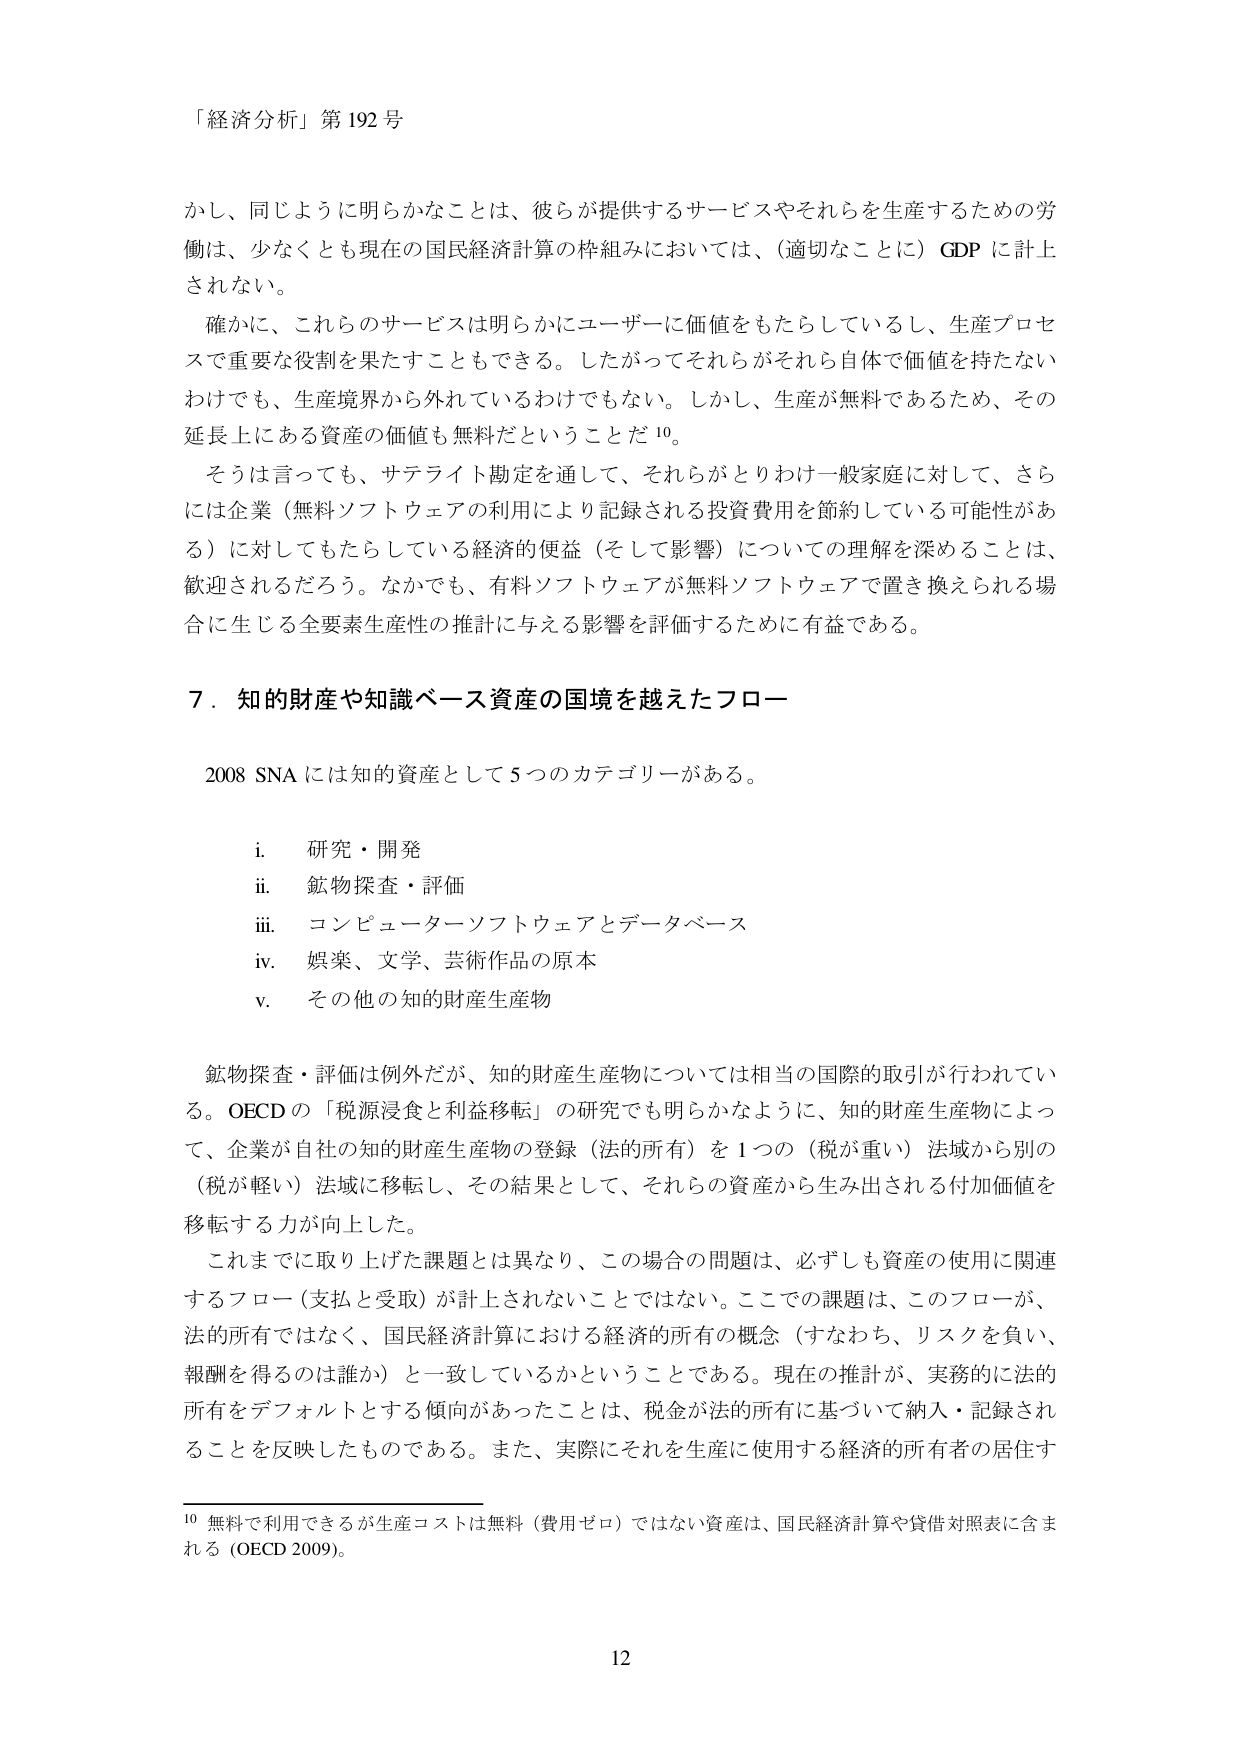
「経済分析」第192号

かし、同じように明らかなことは、彼らが提供するサービスやそれらを生産するための労働は、少なくとも現在の国民経済計算の枠組みにおいては、（適切なことに）GDPに計上されない。

確かに、これらのサービスは明らかにユーザーに価値をもたらしているし、生産プロセスで重要な役割を果たすこともできる。したがってそれらがそれら自体で価値を持たないわけでも、生産境界から外れているわけでもない。しかし、生産が無料であるため、その延長上にある資産の価値も無料だということだ10。

そうは言っても、サテライト勘定を通じて、それらがとりわけ一般家庭に対して、さらには企業（無料ソフトウェアの利用により記録される投資費用を節約している可能性がある）に対してもたらしている経済的便益（そして影響）についての理解を深めることは、歓迎されるだろう。なかでも、有料ソフトウェアが無料ソフトウェアで置き換えられる場合に生じる全要素生産性の推計に与える影響を評価するために有益である。

7．知的財産や知識ベース資産の国境を越えたフロー

2008 SNAには知的資産として5つのカテゴリがある。

i. 研究・開発
ii. 鉱物探査・評価
iii. コンピューターソフトウェアとデータベース
iv. 娯楽、文学、芸術作品の原本
v. その他の知的財産生産物

鉱物探査・評価は例外だが、知的財産生産物については相当の国際的取引が行われている。OECDの「税源浸食と利益移転」の研究でも明らかなように、知的財産生産物によって、企業が自社の知的財産生産物の登録（法的所有）を1つの（税が重い）法域から別の（税が軽い）法域に移転し、その結果として、それらの資産から生み出される付加価値を移転する力が向上した。

これまでに取り上げた課題とは異なり、この場合の問題は、必ずしも資産の使用に関連するフロー（支払と受取）が計上されないことではない。ここでの課題は、このフローが、法的所有ではなく、国民経済計算における経済的所有の概念（すなわち、リスクを負い、報酬を得るのは誰か）と一致しているかということである。現在の推計が、実務的に法的所有をデフォルトとする傾向があったことは、税金が法的所有に基づいて納入・記録されることを反映したものである。また、実際にそれを生産に使用する経済的所有者の居住す

10 無料で利用できるが生産コストは無料（費用ゼロ）ではない資産は、国民経済計算や貸借対照表に含まれる（OECD 2009）。

12